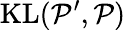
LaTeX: {\mathrm{KL}}({\mathcal{P}}^{\prime},{\mathcal{P}})